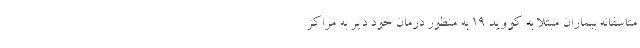
متاسفانه بیماران مبتلا به کووید ۱۹ به منظور درمان خود دیر به مراکز